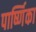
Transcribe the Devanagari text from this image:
पार्ष्णिका